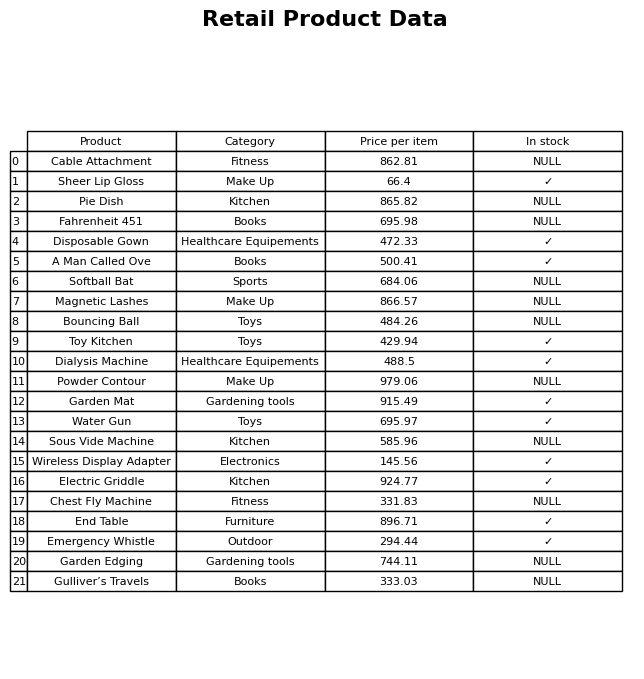
question: What is the price for Wireless Display Adapter?
answer: The price of Wireless Display Adapter is 145.56.